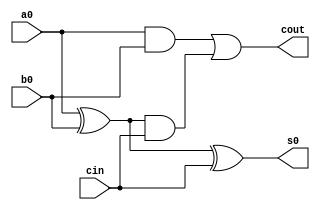
// ---------------------
// AC1 - 15/09/2010
//	Guia 06 - v 0.1
//
// Nome: Gustavo Guimares
// ---------------------


//--------------------------------
//-- FULL ADDER
//---------------------------------

module fulladder(cout, s0, a0, b0, cin);

	output cout, s0;
	input  a0, b0, cin;
	
	wire   c0,c1,c2; 
	
		//INSTANCIA
	xor XOR1(c0, a0, b0);
	and AND1(c1, a0, b0);
	
	xor XOR2(s0, c0, cin);
	and AND2(c2, c0, cin);
	
	or  OR1 (cout, c1, c2);
	
endmodule

//----------------------------------------------
//--Comparadores Maior, Menor, Igual e Diferente
//----------------------------------------------

module comparadores ( maior, menor, igual, dif, a, b );

	output maior, menor, igual, dif;
	input [3:0] a, b;
	
	wire s1,s2,s3,s4,s5,s6,s7,s8,s9,s10,s11,s12,s13,s14,s15,s16,s17,s18;
	
		//INSTANCIA
	and AND1 ( s1, ~a[3], b[3] );
	and AND2 ( s2, a[3], ~b[3] );
	and AND3 ( s3, ~a[2], b[2] ); 
	and AND4 ( s4, a[2], ~b[2] );
	and AND5 ( s5, ~a[1], b[1] ); 
	and AND6 ( s6, a[1], ~b[1] );
	and AND7 ( s7, ~a[0], b[0] );
	and AND8 ( s8, a[0], ~b[0] );
	nor NOR1 ( s9,  s1, s2 );
	nor NOR2	( s10, s3, s4 );
	nor NOR3	( s11, s5, s6 );
	nor NOR4	( s12, s7, s8 );
	and AND9 ( s13, s9, s3 );
	and AND10( s14, s9, s4 );
	and AND11( s15, s9, s10, s5 );
	and AND12( s16, s9, s10, s6 );
	and AND13( s17, s9, s10, s11, s7 );
	and AND14( s18, s9, s10, s11, s8 );
	and AND15( igual, s9, s10, s11, s12);
	assign dif = ~igual;
	or  OR1  ( menor, s1, s13, s15, s17 );
	or  OR2  ( maior, s2, s14, s16, s18 );
	
	
endmodule

//-------------------------------
//-- ALU com Overflow e Zero
//-------------------------------

module adder(flags,s,op,a,b);

	output [4:0] s;
	output [1:0] flags;
	input  [3:0] a, b;
	input  op;
	
	wire c1, c2, c3, c4, aux1, aux2, aux3, aux4, aux5; 
	
		//INSTANCIA
	xor		 XOR1 ( aux1, b[0], op );
	xor		 XOR2 ( aux2, b[1], op );
	xor		 XOR3 ( aux3, b[2], op );
	xor		 XOR4 ( aux4, b[3], op );
	fulladder F1   (c1, s[0], a[0], aux1, op);
	fulladder F2   (c2, s[1], a[1], aux2, c1);
	fulladder F3   (c3, s[2], a[2], aux3, c2);
	fulladder F4   (c4, s[3], a[3], aux4, c3);
	xor		 XOR5 (s[4], op, c4 );
	not       NOT1 (aux5,c3);
	and       AND1 (flags[1], s[4], aux5);
	nor       NOR1 (flags[0], s[4], s[3], s[2], s[1], s[0]);
	
endmodule

//--------------------------
//-- Modulo Teste
//---------------------------

module teste;

	wire[4:0] s;
	wire[1:0] f;
	wire      M, m, I, D;
	reg [3:0] a,b; 
	reg       op;
	
	adder        A1 (f,s, op, a, b);
	comparadores C1 (M, m, I, D, a, b ); 
	
	initial begin
		op=0; a=0; b=0;
	
		$display ("Guia 06 - Gustavo Guimaraes - 405804");
		$display ("\nTeste ALU e Comparadores\n");
		$display ("Op   A     B  =   S    M m I D OVR Z" );
		$monitor("%b  %4b  %4b = %5b  %b %b %b %b  %b  %b",op,a,b,s,M,m,I,D,f[1],f[0]);
	#1 op=0; a=0; b=1;
	#1 op=1; a=1; b=1;
	#1 op=0; a=2; b=1;
	#1 op=0; a=8; b=8;
	#1 op=1; a=6; b=5;
	#1 op=0; a=4; b=5;
	#1 op=0; a=-8;b=-8;
	
	end
endmodule